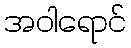
အဝါရောင်